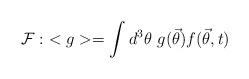
LaTeX: \begin{align*}{\cal{F}}:\ < g > = \int d^{3}\theta \ g({\vec{\theta}}) f({\vec{\theta}},t) \,\end{align*}